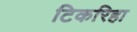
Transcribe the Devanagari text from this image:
टिकरिहा